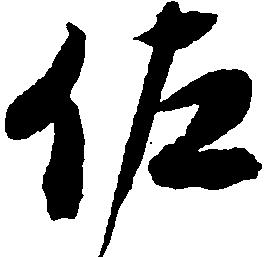
佐